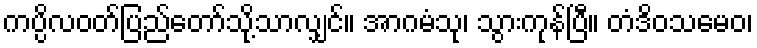
ကပ္ပိလဝတ်ပြည်တော်သို့သာလျှင်။ အာဂမံသု၊ သွားကုန်ပြီ။ တံဒိဝသမေဝ၊